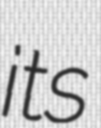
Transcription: its